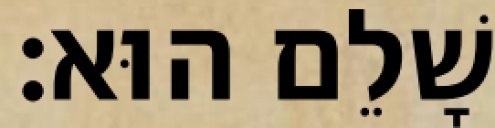
שָׁלֵם הוּא׃